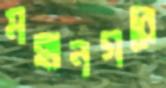
মহানগরে